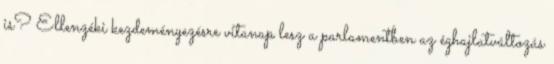
is? Ellenzéki kezdeményezésre vitanap lesz a parlamentben az éghajlatváltozás